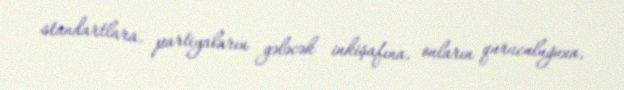
standartlara, partiyaların gələcək inkişafına, onların quruculuğuna,